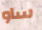
ساو